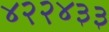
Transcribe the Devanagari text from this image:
४२२४३३